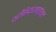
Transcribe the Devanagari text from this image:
श्रीसिद्धतन्त्रोक्तं